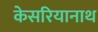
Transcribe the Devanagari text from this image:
केसरियानाथ